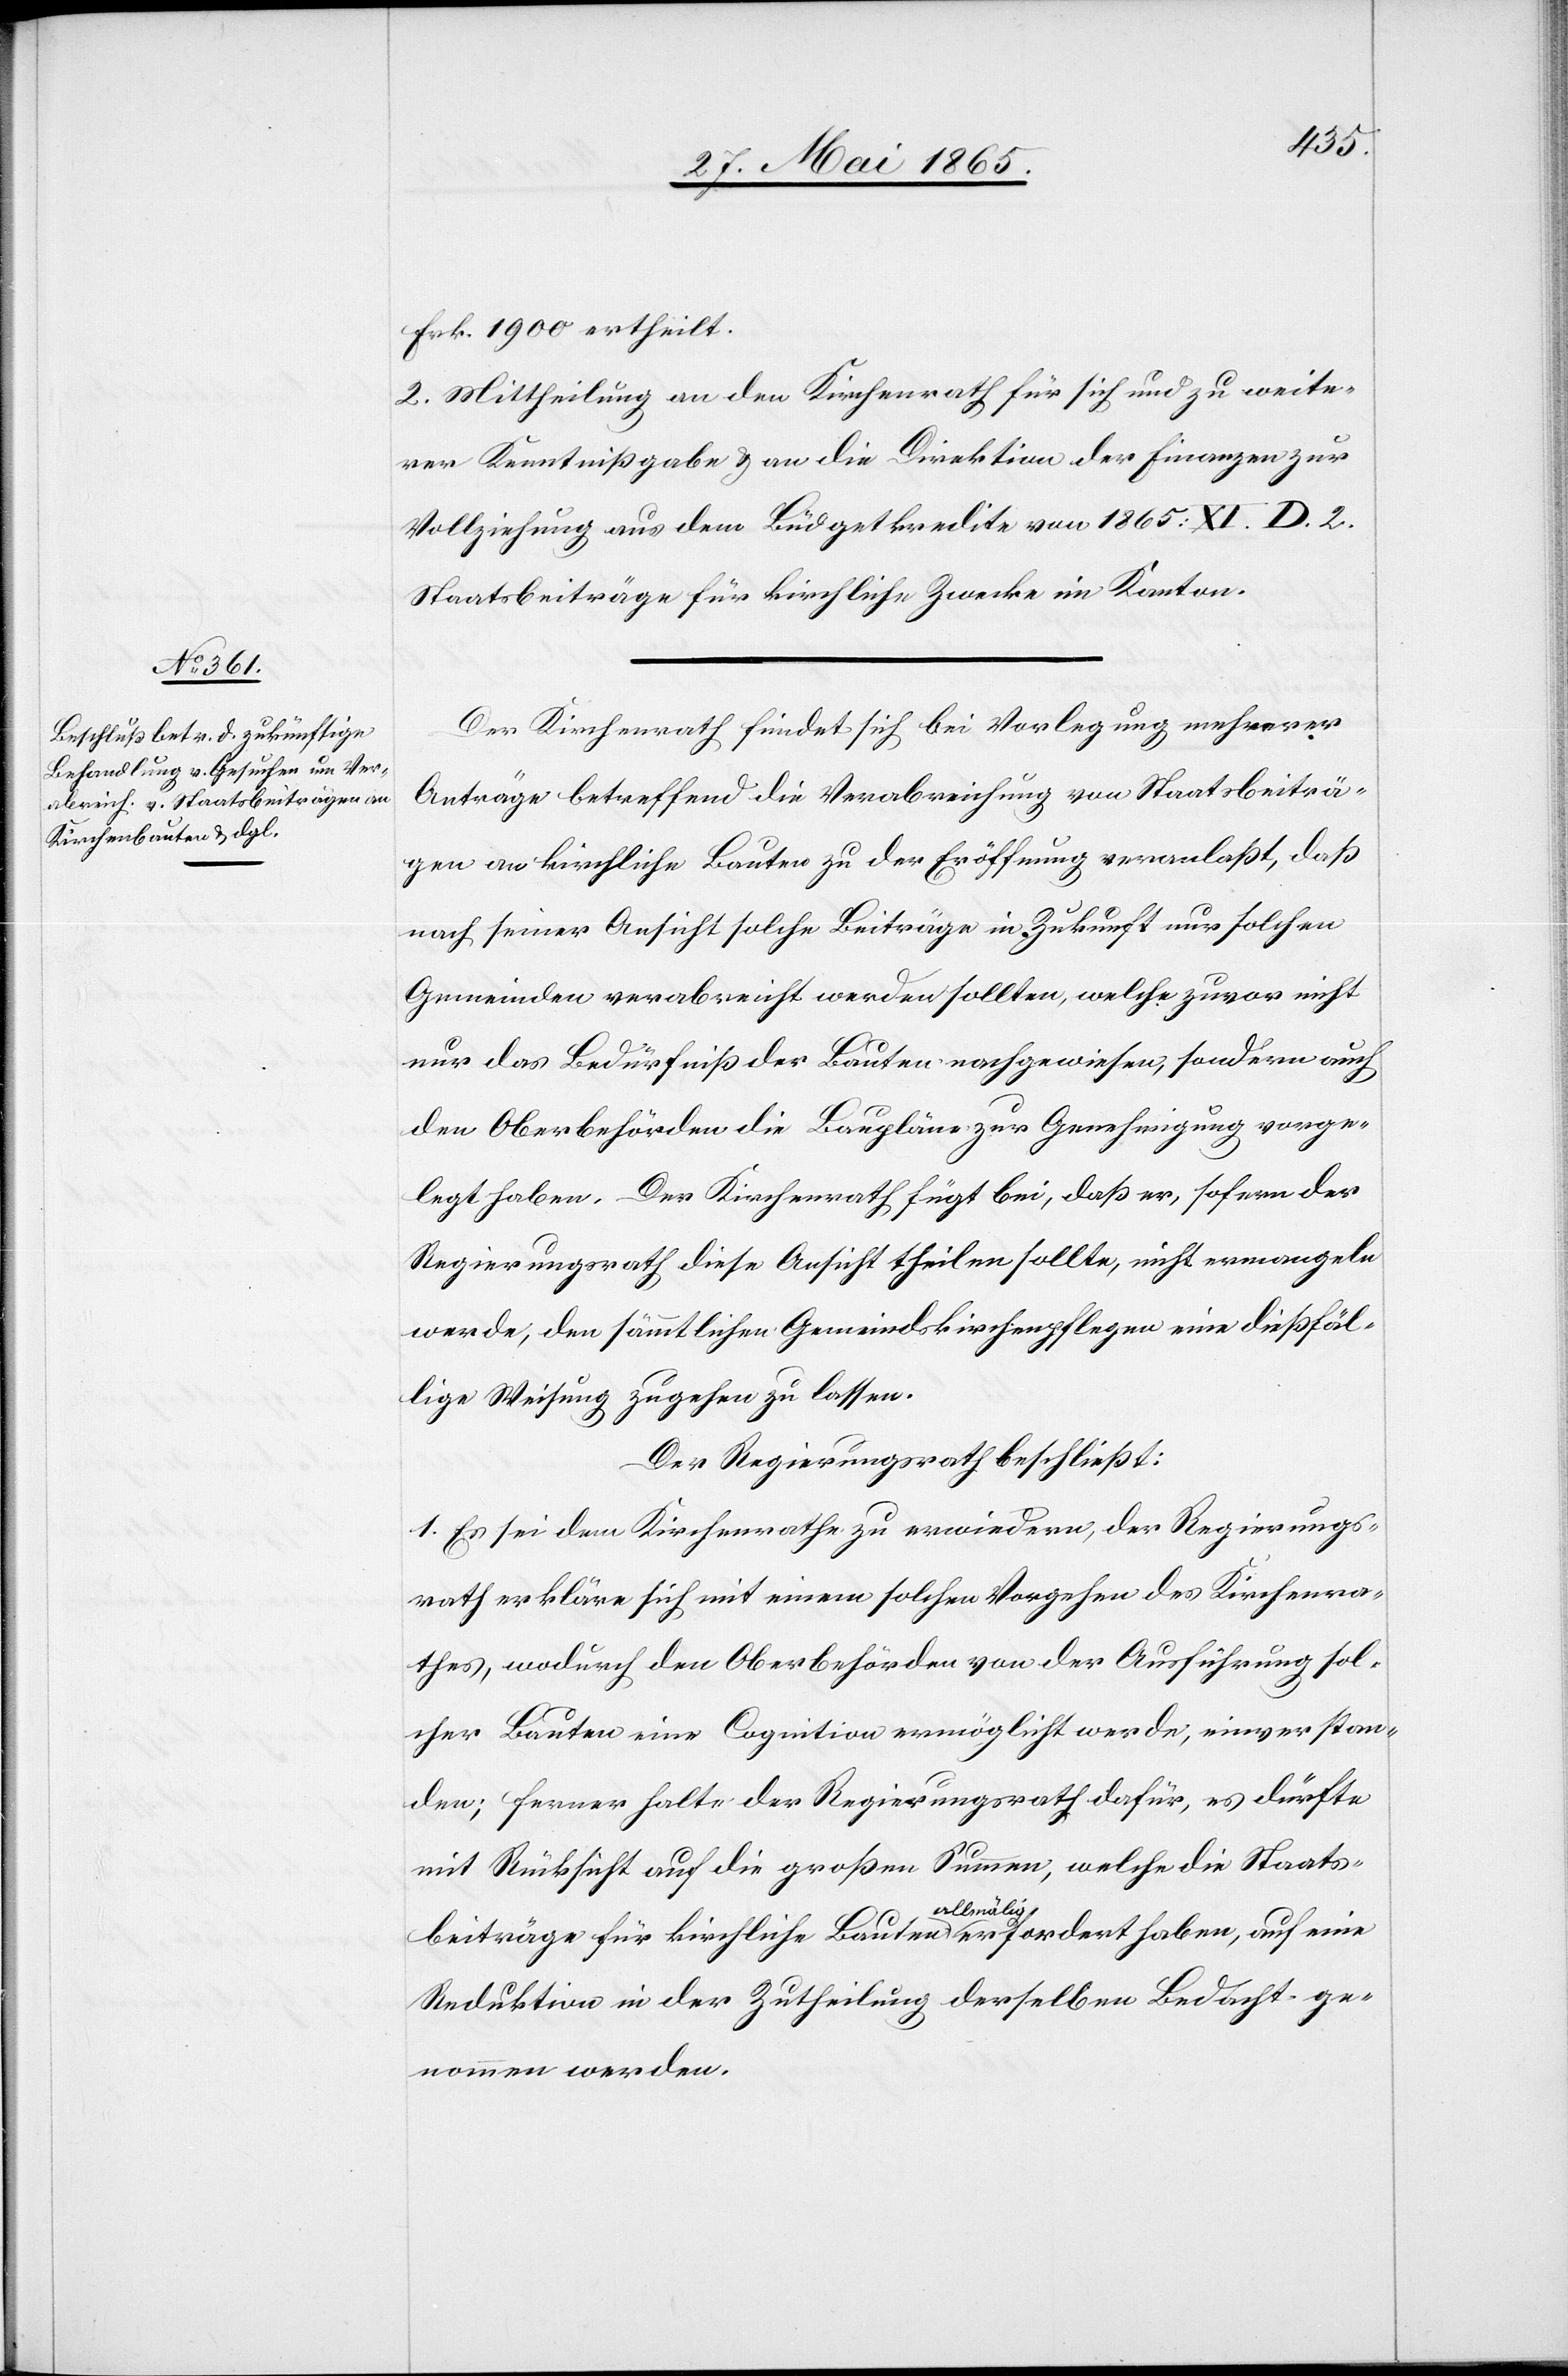
Frk. 1900 ertheilt.
2. Mittheilung an den Kirchenrath für sich und zu weite¬
rer Kenntnißgabe & an die Direktion der Finanzen zur
Vollziehung aus dem Büdgetkredite von 1865: XI. D. 2.
Staatsbeiträge für kirchliche Zwecke im Kanton.
Der Kirchenrath findet sich bei Vorlegung mehrerer
Anträge betreffend die Verabreichung von Staatsbeiträ¬
gen an kirchliche Bauten zu der Eröffnung veranlaßt, daß
nach seiner Ansicht solche Beiträge in Zukunft nur solchen
Gemeinden verabreicht werden sollten, welche zuvor nicht
nur das Bedürfniß der Bauten nachgewiesen, sondern auch
den Oberbehörden die Baupläne zur Genehmigung vorge¬
legt haben. Der Kirchenrath fügt bei, daß er, sofern der
Regierungsrath diese Ansicht theilen sollte, nicht ermangeln
werde, den sämmtlichen Gemeindskirchenpflegen eine dießfäl¬
lige Weisung zugehen zu lassen.
Der Regierungsrath beschließt:
1. Es sei dem Kirchenrathe zu erwiedern, der Regierungs¬
rath erkläre sich mit einem solchen Vorgehen des Kirchenra¬
thes, wodurch den Oberbehörden von der Ausführung sol¬
cher Bauten eine Cognition ermöglicht werde, einverstan¬
den; ferner halte der Regierungsrath dafür, es dürfte
mit Rücksicht auf die großen Summe, welche die Staats¬
beiträge für kirchliche Bauten allmälig erfordert haben, auf eine
Reduktion in der Zutheilung derselben Bedacht ge¬
nommen werden.